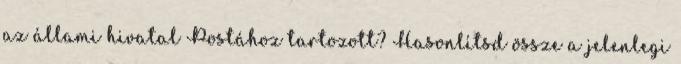
az állami hivatal Postához tartozott? Hasonlítsd össze a jelenlegi